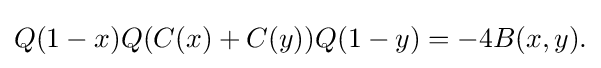
\displaystyle {Q(1-x)Q(C(x)+C(y))Q(1-y)=-4B(x,y).}